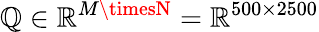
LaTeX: \mathbb{Q}\in\mathbb{{R}}^{M\timesN}=\mathbb{{R}}^{500\times2500}